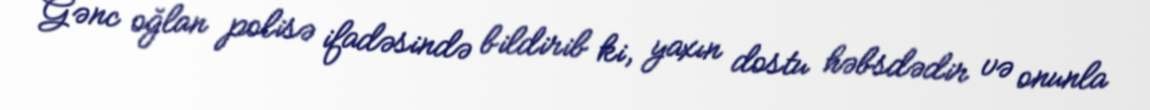
Gənc oğlan polisə ifadəsində bildirib ki, yaxın dostu həbsdədir və onunla